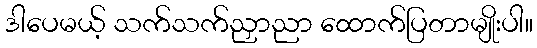
ဒါပေမယ့် သက်သက်ညှာညာ ထောက်ပြတာမျိုးပါ။